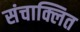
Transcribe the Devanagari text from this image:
संचाक्लित